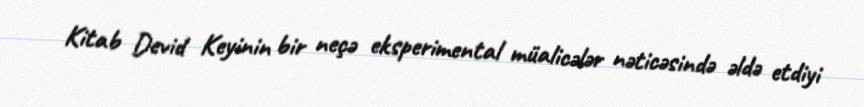
Kitab Devid Keyinin bir neçə eksperimental müalicələr nəticəsində əldə etdiyi